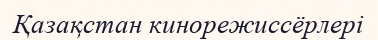
Қазақстан кинорежиссёрлері